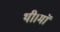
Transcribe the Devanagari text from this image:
थी।माॅ